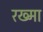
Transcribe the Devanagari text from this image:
रख्मा